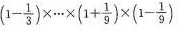
$$(1 - \frac{1}{3}) \times \cdots \times ( 1 + \frac{1}{9} ) \times ( 1 - \frac{1}{9} )$$